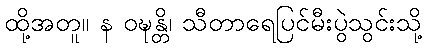
ထို့အတူ။ န ဝဍ္ဎန္တိ၊ သီတာရေပြင်မီးပွဲသွင်းသို့